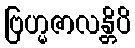
ဗြဟ္မဇာလန္တိပိ